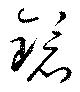
鏡